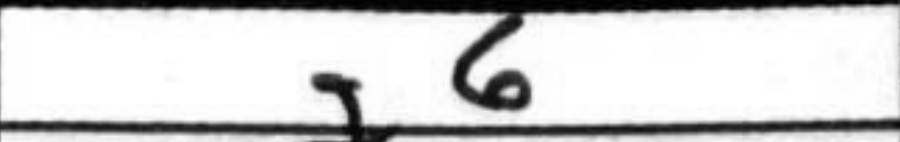
Transcription: g6